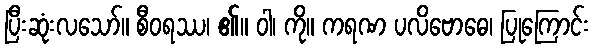
ပြီးဆုံးလသော်။ စီဝရဿ၊ ၏။ ဝါ၊ ကို။ ကရဏ ပလိဗောဓေ၊ ပြုကြောင်း